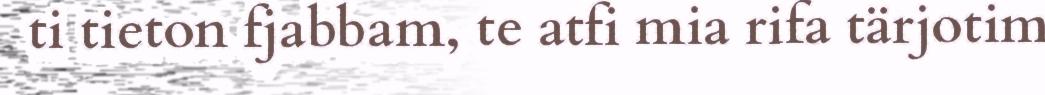
ti tieton fjabbam, te atfi mia rifa tärjotim